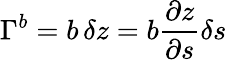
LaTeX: \Gamma^{b}=b\, \delta z=b\frac{\partial z}{\partial s}\delta s